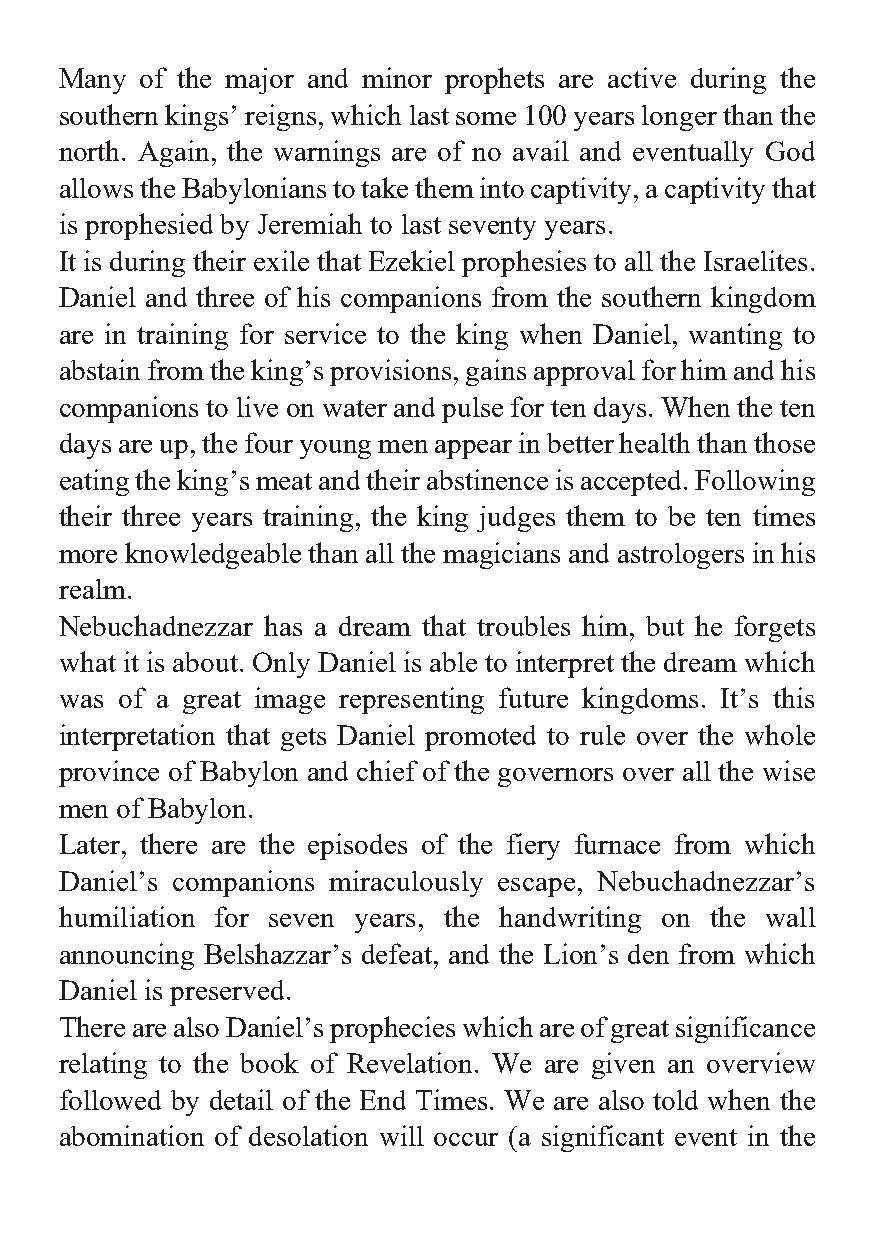
Many of the major and minor prophets are active during the
 southern kings’ reigns, which last some 100 years longer than the
 north. Again, the warnings are of no avail and eventually God
 allows the Babylonians to take them into captivity, a captivity that
 is prophesied by Jeremiah to last seventy years.
 It is during their exile that Ezekiel prophesies to all the Israelites.
 Daniel and three of his companions from the southern kingdom
 are in training for service to the king when Daniel, wanting to
 abstain from the king’s provisions, gains approval for him and his
 companions to live on water and pulse for ten days. When the ten
 days are up, the four young men appear in better health than those
 eating the king’s meat and their abstinence is accepted. Following
 their three years training, the king judges them to be ten times
 more knowledgeable than all the magicians and astrologers in his
 realm.
 Nebuchadnezzar has a dream that troubles him, but he forgets
 what it is about. Only Daniel is able to interpret the dream which
 was of a great image representing future kingdoms. It’s this
 interpretation that gets Daniel promoted to rule over the whole
 province of Babylon and chief of the governors over all the wise
 men of Babylon.
 Later, there are the episodes of the fiery furnace from which
 Daniel’s companions miraculously escape, Nebuchadnezzar’s
 humiliation for seven years, the handwriting on the wall
 announcing Belshazzar’s defeat, and the Lion’s den from which
 Daniel is preserved.
 There are also Daniel’s prophecies which are of great significance
 relating to the book of Revelation. We are given an overview
 followed by detail of the End Times. We are also told when the
 abomination of desolation will occur (a significant event in the